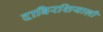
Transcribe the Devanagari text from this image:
दाबिरशियाग़ी